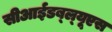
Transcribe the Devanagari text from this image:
सीआईडब्‍ल्‍यूएस